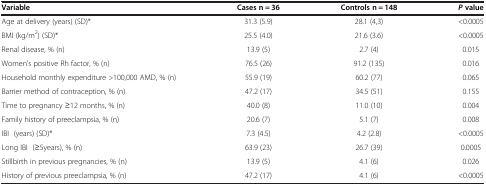
| Variable | Cases n = 36 | Controls n = 148 | P value |
 | --- | --- | --- | --- |
 | Age at delivery (years) (SD)* | 31.3 (5.9) | 28.1 (4,3) | <0.0005 |
 | BMI (kg/m2) (SD)* | 25.5 (4.0) | 21.6 (3.6) | <0.0005 |
 | Renal disease, % (n) | 13.9 (5) | 2.7 (4) | 0.015 |
 | Women’s positive Rh factor, % (n) | 76.5 (26) | 91.2 (135) | 0.016 |
 | Household monthly expenditure >100,000 AMD, % (n) | 55.9 (19) | 60.2 (77) | 0.065 |
 | Barrier method of contraception, % (n) | 47.2 (17) | 34.5 (51) | 0.155 |
 | Time to pregnancy ≥12 months, % (n) | 40.0 (8) | 11.0 (10) | 0.004 |
 | Family history of preeclampsia, % (n) | 20.6 (7) | 5.1 (7) | 0.008 |
 | IBI (years) (SD)* | 7.3 (4.5) | 4.2 (2.8) | <0.0005 |
 | Long IBI (≥5years), % (n) | 63.9 (23) | 26.7 (39) | 0.0005 |
 | Stillbirth in previous pregnancies, % (n) | 13.9 (5) | 4.1 (6) | 0.026 |
 | History of previous preeclampsia, % (n) | 47.2 (17) | 4.1 (6) | <0.0005 |